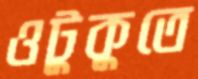
ওটুকুতে